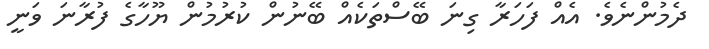
ދެމުންނެވެ. އެއް ފަހަރާ ގިނަ ބޭސްތަކެއް ބޭނުން ކުރުމުން ޔޫހާގެ ފުރާނަ ވަނީ